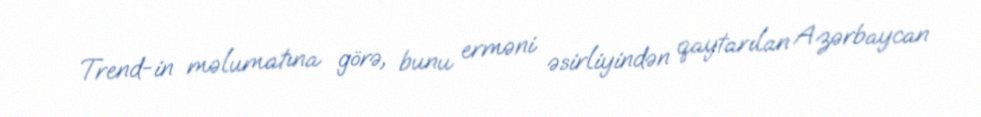
Trend-in məlumatına görə, bunu erməni əsirliyindən qaytarılan Azərbaycan